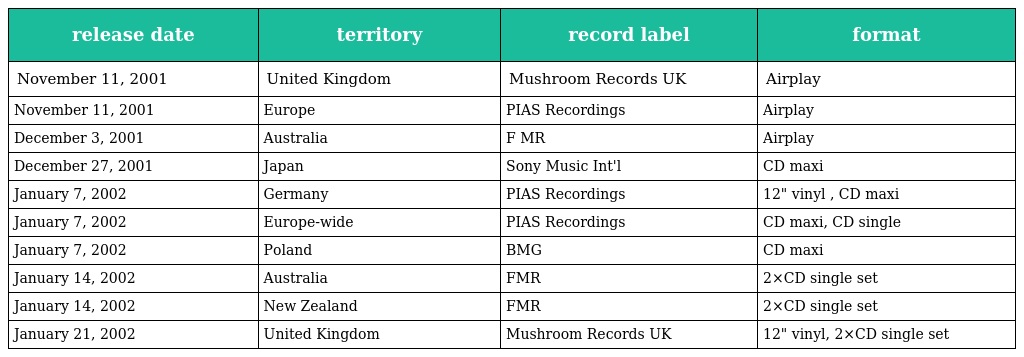
| release date | territory | record label | format |
 | --- | --- | --- | --- |
 | November 11, 2001 | United Kingdom | Mushroom Records UK | Airplay |
 | November 11, 2001 | Europe | PIAS Recordings | Airplay |
 | December 3, 2001 | Australia | F MR | Airplay |
 | December 27, 2001 | Japan | Sony Music Int'l | CD maxi |
 | January 7, 2002 | Germany | PIAS Recordings | 12" vinyl , CD maxi |
 | January 7, 2002 | Europe-wide | PIAS Recordings | CD maxi, CD single |
 | January 7, 2002 | Poland | BMG | CD maxi |
 | January 14, 2002 | Australia | FMR | 2×CD single set |
 | January 14, 2002 | New Zealand | FMR | 2×CD single set |
 | January 21, 2002 | United Kingdom | Mushroom Records UK | 12" vinyl, 2×CD single set |